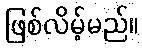
ဖြစ်လိမ့်မည်။